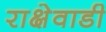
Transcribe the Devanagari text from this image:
राक्षेवाडी